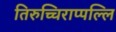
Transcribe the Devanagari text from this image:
तिरुच्चिराप्पल्लि